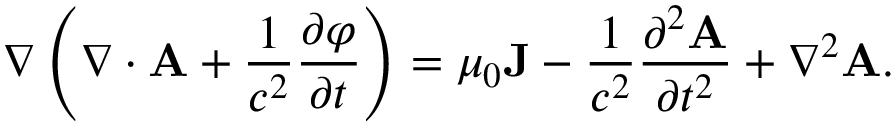
\nabla \left( \nabla \cdot \mathbf { A } + { \frac { 1 } { c ^ { 2 } } } { \frac { \partial \varphi } { \partial t } } \right) = \mu _ { 0 } \mathbf { J } - { \frac { 1 } { c ^ { 2 } } } { \frac { \partial ^ { 2 } \mathbf { A } } { \partial t ^ { 2 } } } + \nabla ^ { 2 } \mathbf { A } .